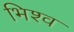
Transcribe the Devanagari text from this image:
भिश्व